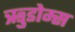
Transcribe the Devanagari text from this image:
ऋुडोम्स